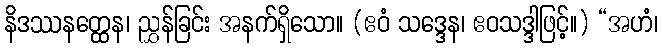
နိဒဿနတ္ထေန၊ ညွှန်ခြင်း အနက်ရှိသော။ (ဧဝံ သဒ္ဒေန၊ ဧဝသဒ္ဒါဖြင့်။) “အဟံ၊